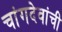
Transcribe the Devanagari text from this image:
चांगदेवांची